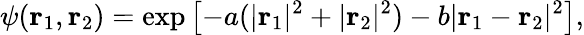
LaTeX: \psi(\mathbf{r}_{1},\mathbf{r}_{2})=\exp\left[-a(|\mathbf{r}_{1}|^{2}+|\mathbf{r}_{2}|^{2})-b|\mathbf{r}_{1}-\mathbf{r}_{2}|^{2}\right],